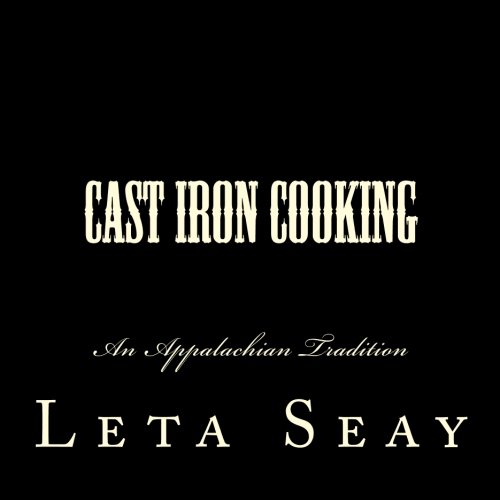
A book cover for Cast Iron Cooking: An Appalachian Tradition; Leta Seay; Cookbooks, Food & Wine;